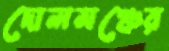
দোলমঞ্চের